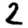
Digit: 2